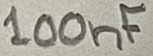
Text: 100nF